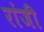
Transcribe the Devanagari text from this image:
रांजी